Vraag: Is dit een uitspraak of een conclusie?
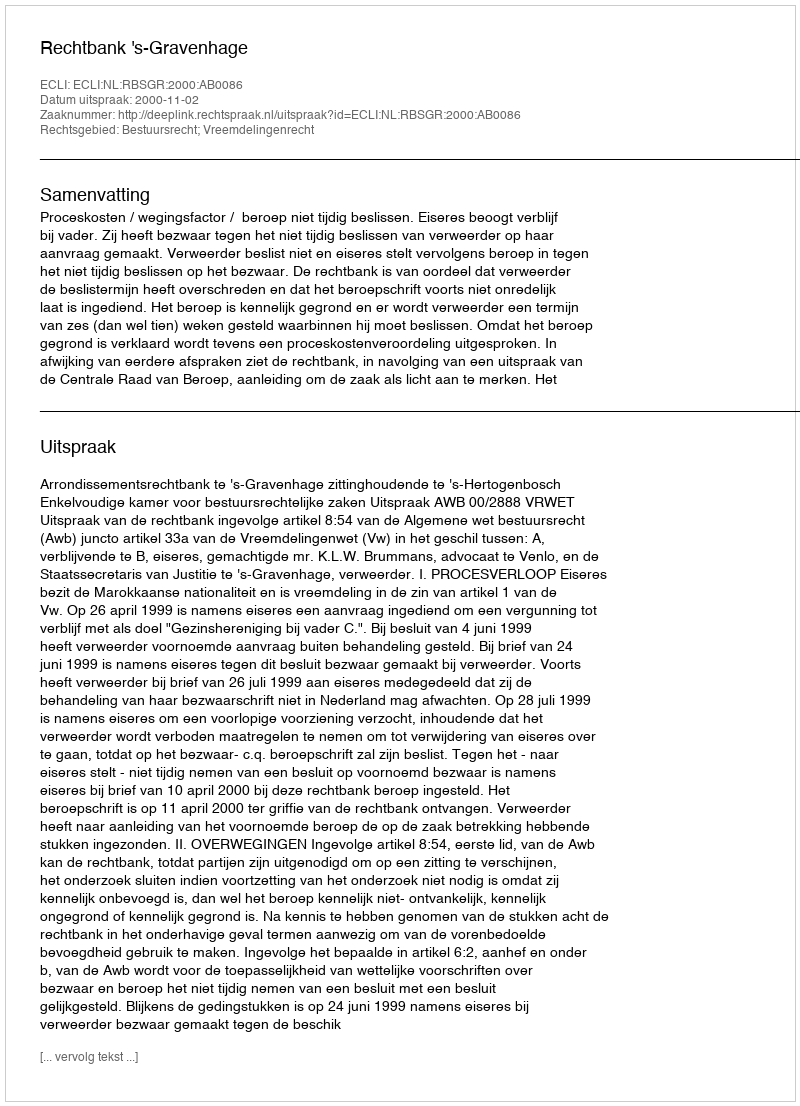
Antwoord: Uitspraak